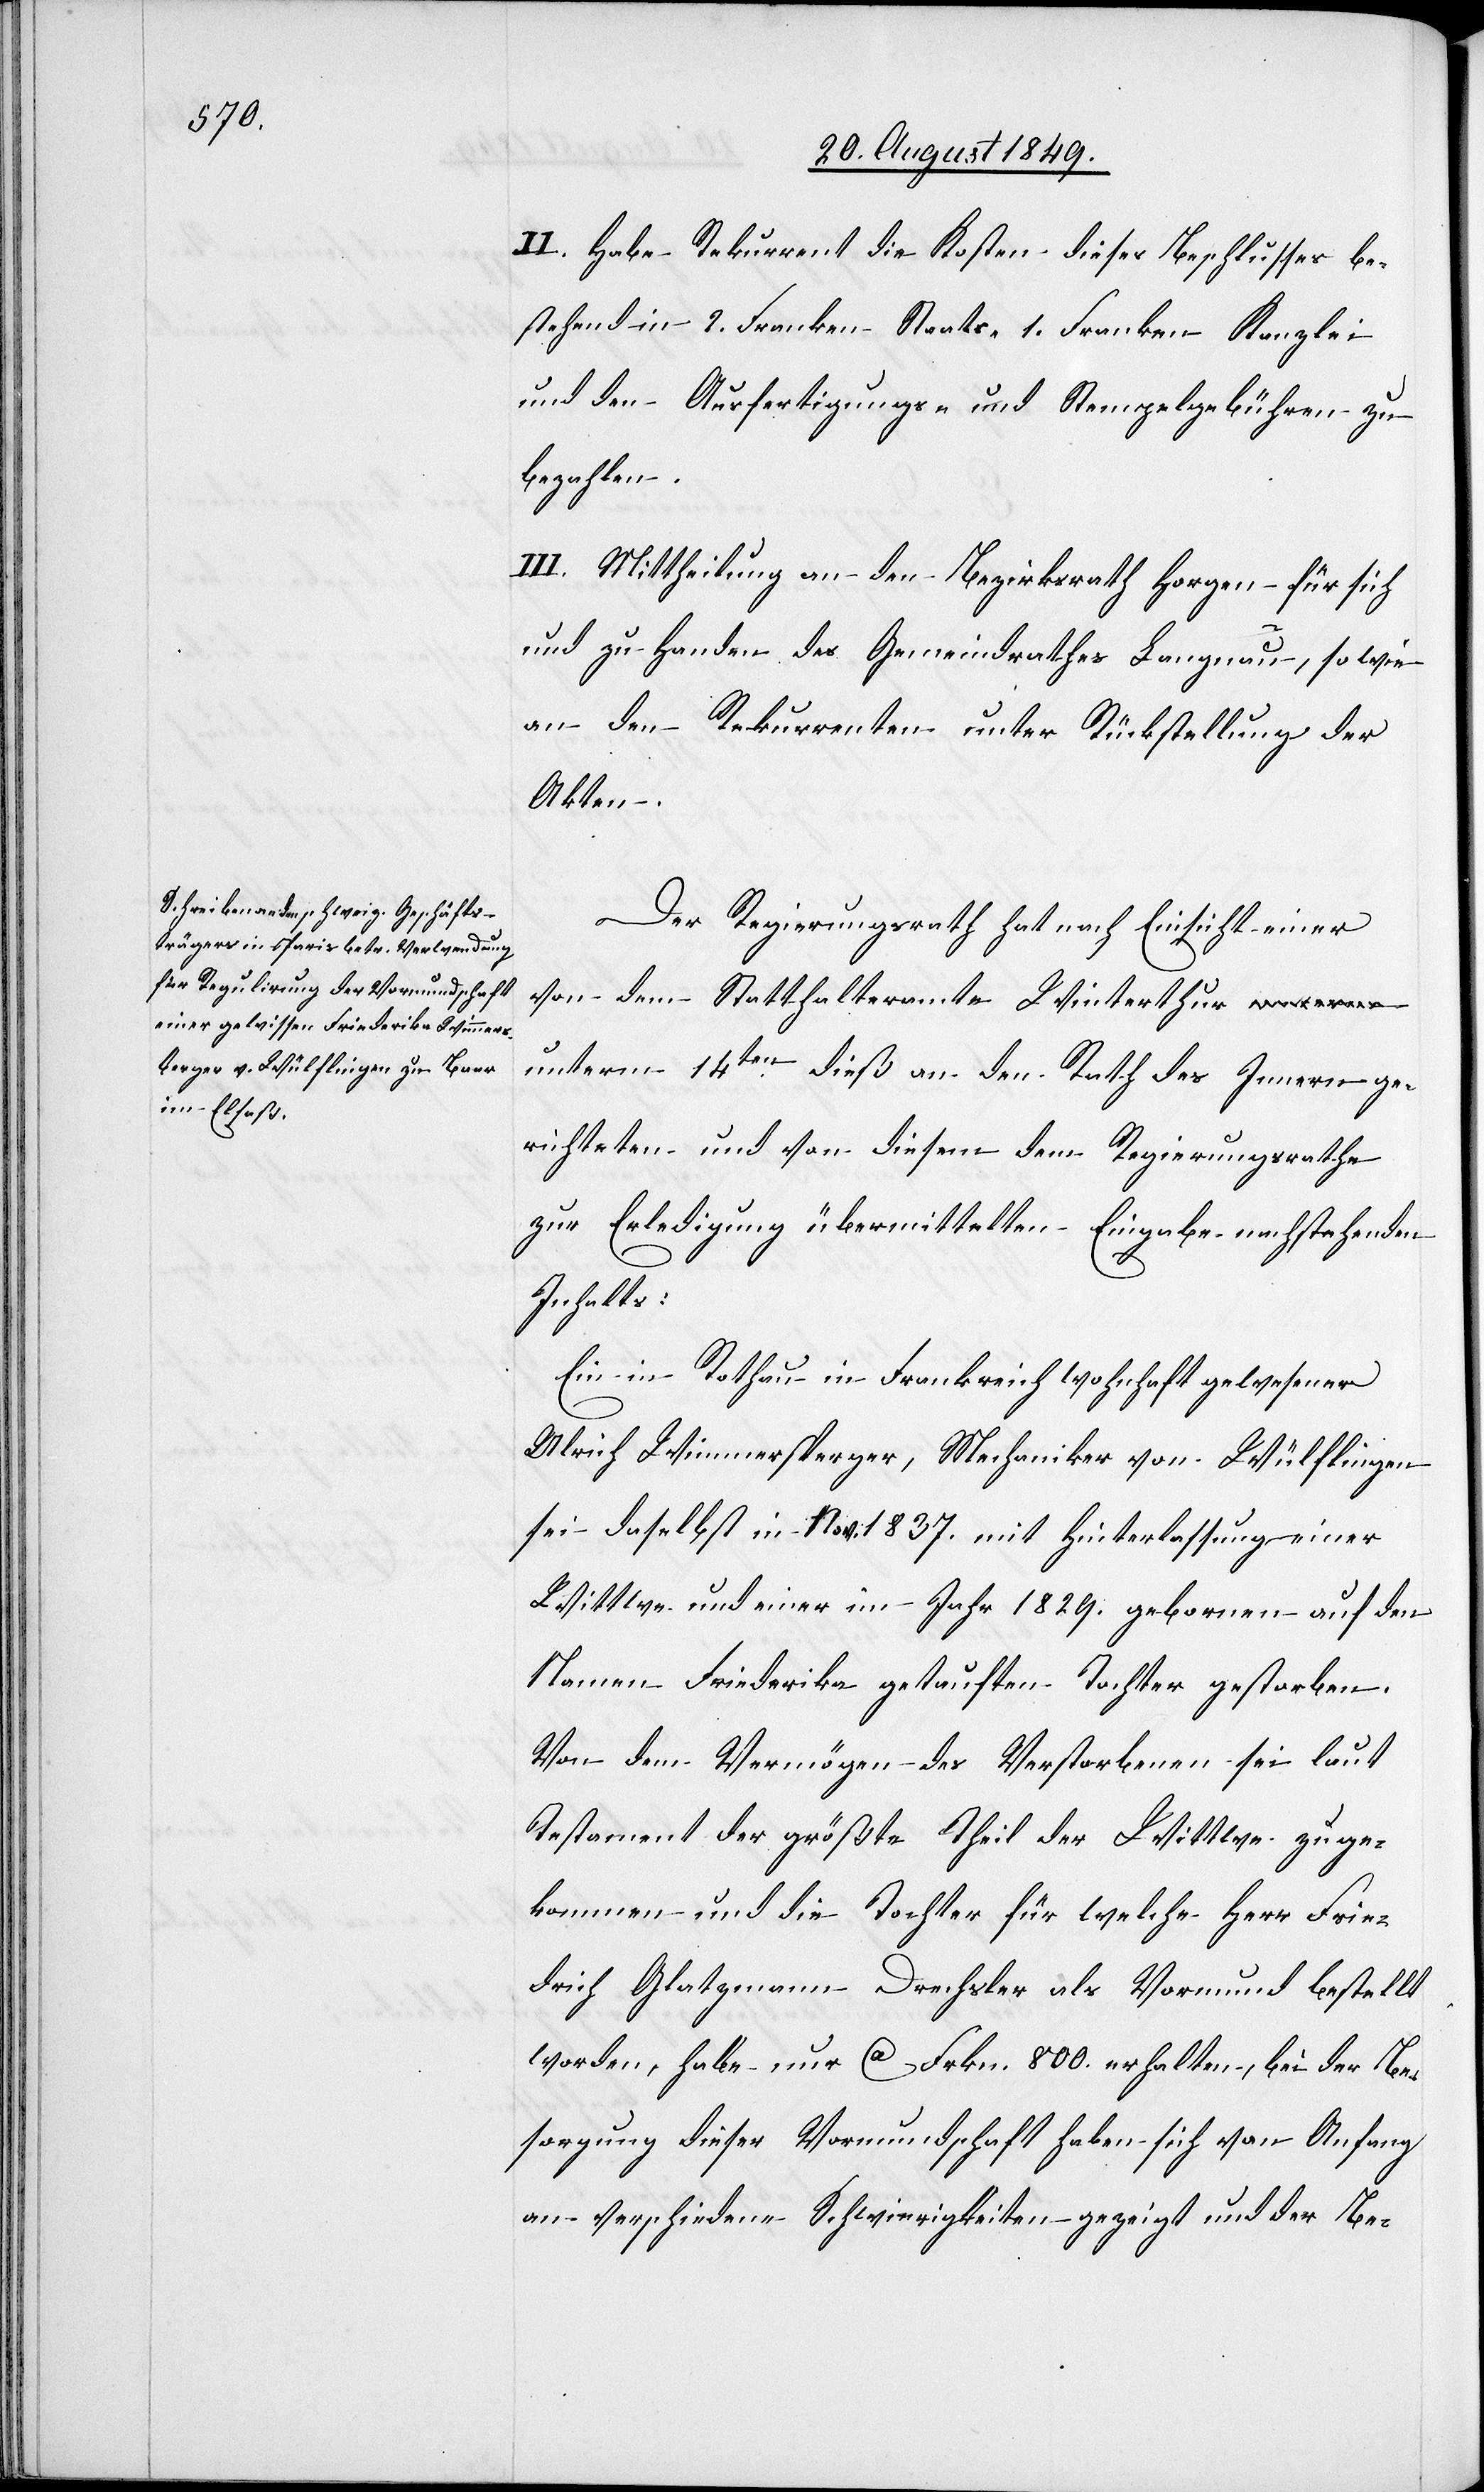
II. Habe Rekurrent die Kosten dieses Beschlusses be¬
stehend in 2. Franken Staats-[,] 1. Franken Kanzlei[-]
und den Ausfertigungs- und Stempelgebühren zu
bezahlen.
III. Mittheilung an den Bezirksrath Horgen für sich
und zu Handen des Gemeindrathes Langnau sowie
an den Rekurrenten unter Rückstellung der
Akten.
Der Regierungsrath hat nach Einsicht einer
von dem Statthalteramte Winterthur u¬
nterm 14ten dieß an den Rath des Innern ge¬
richteten und von diesem dem Regierungsrathe
zur Erledigung übermittelten Eingabe nachstehenden
Inhalts:
Ein in Rothau in Frankreich wohnhaft gewesener
Ulrich Wimmersperger [sic!], Mechaniker von Wülflingen
sei daselbst in Nov. 1837. mit Hinterlassung einer
Wittwe und einer im Jahr 1829. gebornen auf den
Namen Friederika getauften Tochter gestorben.
Von dem Vermögen des Verstorbenen sei laut
Testament der größte Theil der Wittwe zuge¬
kommen und die Tochter für welche Herr Frie¬
drich Glatzmann Drechsler als Vormund bestellt
worden, habe nur ca Frkn. 800. erhalten, bei der Be¬
sorgung dieser Vormundschaft haben sich von Anfang
an verschiedene Schwierigkeiten gezeigt und der Be-